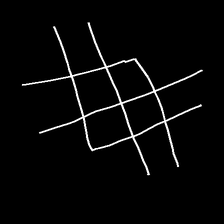
Glyph: crystal